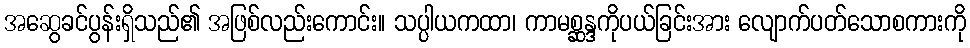
အဆွေခင်ပွန်းရှိသည်၏ အဖြစ်လည်းကောင်း။ သပ္ပါယကထာ၊ ကာမစ္ဆန္ဒကိုပယ်ခြင်းအား လျောက်ပတ်သောစကားကို